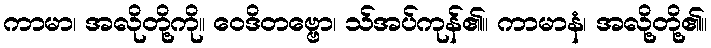
ကာမာ၊ အလိုတို့ကို။ ဝေဒိတဗ္ဗော၊ သ်အပ်ကုန်၏။ ကာမာနံ၊ အလို့တို့၏။